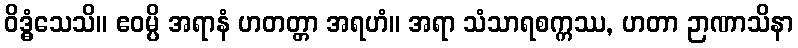
ဝိဒ္ဓံသေသိ။ ဧဝမ္ပိ အရာနံ ဟတတ္တာ အရဟံ။ အရာ သံသာရစက္ကဿ, ဟတာ ဉာဏာသိနာ